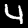
Label: 4